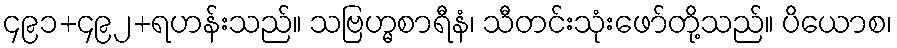
၄၉၁+၄၉၂+ရဟန်းသည်။ သဗြဟ္မစာရီနံ၊ သီတင်းသုံးဖော်တို့သည်။ ပိယောစ၊